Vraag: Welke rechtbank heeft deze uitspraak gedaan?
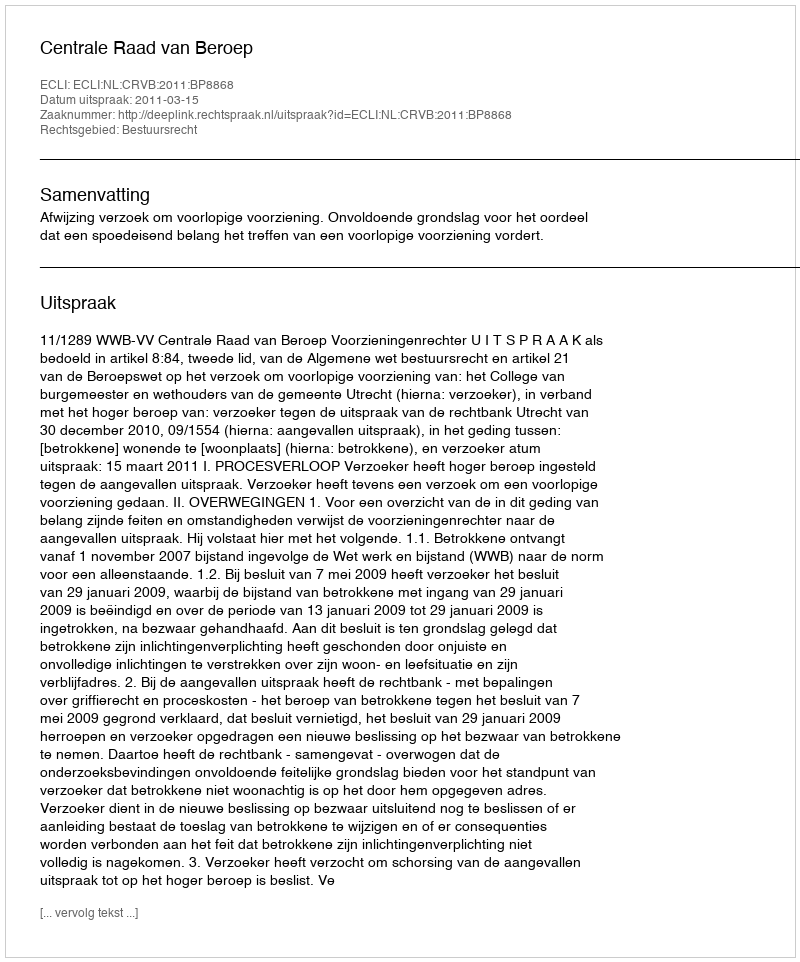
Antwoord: Centrale Raad van Beroep